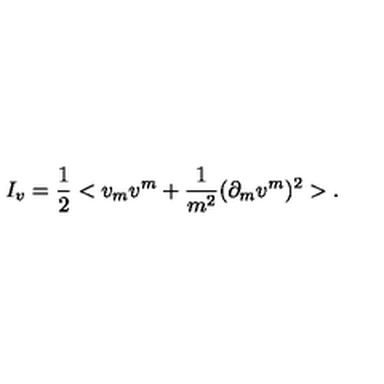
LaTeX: I _ { v } = \frac { 1 } { 2 } < v _ { m } v ^ { m } + \frac { 1 } { m ^ { 2 } } ( \partial _ { m } v ^ { m } ) ^ { 2 } > .